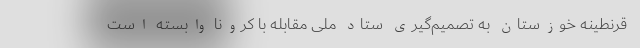
قرنطینه خوزستان به تصمیم‌گیری ستاد ملی مقابله با کرونا وابسته است